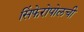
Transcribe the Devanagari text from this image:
सिंफेरोपोलची